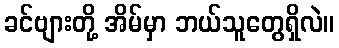
ခင်ဗျားတို့ အိမ်မှာ ဘယ်သူတွေရှိလဲ။